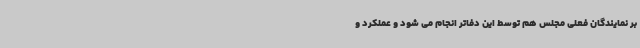
بر نمایندگان فعلی مجلس هم توسط این دفاتر انجام می شود و عملکرد و